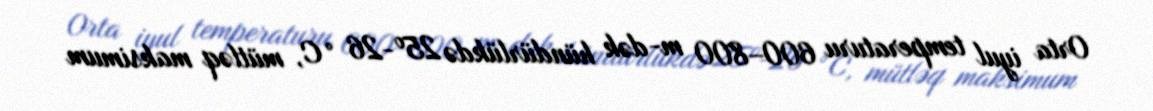
Orta iyul temperaturu 600–800 m-dək hündürlükdə 25º-26 °C, mütləq maksimum